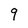
Character: 9